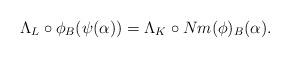
LaTeX: \begin{align*}\Lambda_L \circ \phi_B(\psi(\alpha))=\Lambda_K \circ Nm(\phi)_B(\alpha).\end{align*}